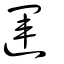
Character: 運